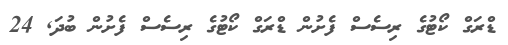
ޑްރަގް ކޯޓުގެ ރިސެސް ފެށުން ޑްރަގް ކޯޓުގެ ރިސެސް ފެށުން ބުދަ